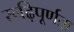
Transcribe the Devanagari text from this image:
रूढ़िपूर्णता